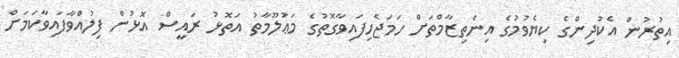
އިތުރުން އެކުދިންގެ ކިޔެވުމުގެ އިންތިޒާމްތަށް ހަމަޖެހިފައިވާގޮތުގެ މަޢުލޫމާތު އަތޮޅު ރައީސް އޮޅުން ފިލުއްވާފައިވާކަމަށް